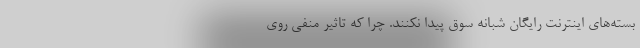
بسته‌های اینترنت رایگان شبانه سوق پیدا نکنند. چرا که تاثیر منفی روی